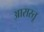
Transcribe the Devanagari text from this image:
आरास्तू